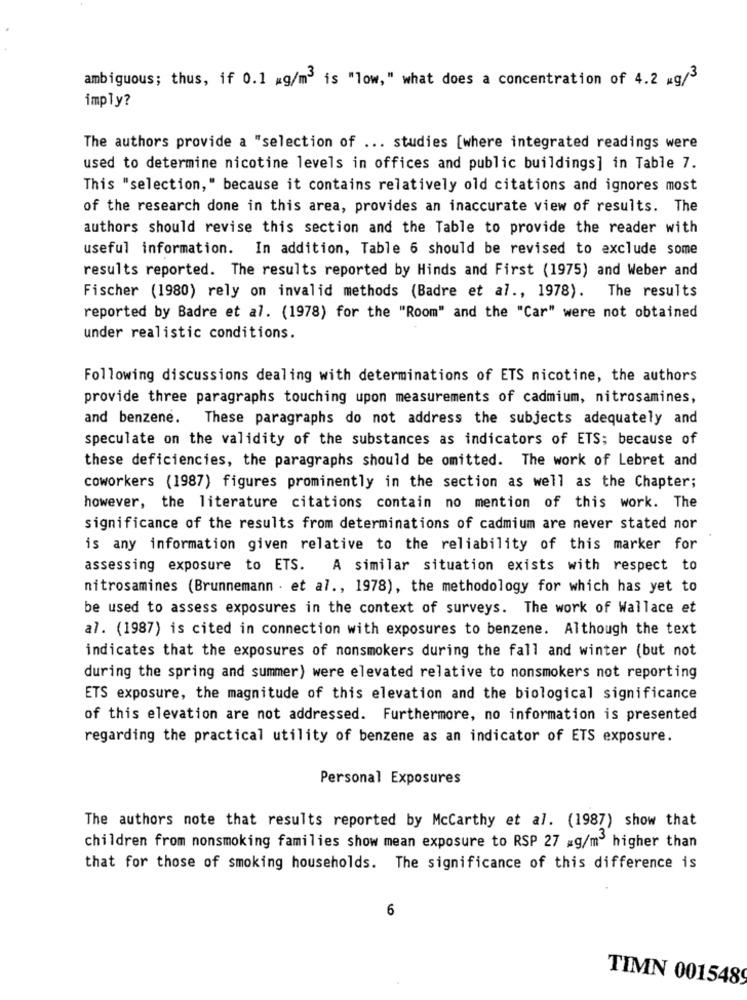
ambiguous; thus, if 0.1 mg/m3 is "low," what does a concentration of 4.2 mg/$
imply?
The authors provide a "selection of ... studies [where integrated readings were
used to determine nicotine levels in offices and public buildings] in Table 7.
This "selection," because it contains relatively old citations and ignores most
of the research done in this area, provides an inaccurate view of results. The
authors should revise this section and the Table to provide the reader with
useful information. In addition, Table 6 should be revised to exclude some
results reported. The results reported by Hinds and First (1975) and Weber and
Fischer (1980) rely on invalid methods (Badre et al ., 1978). The results
reported by Badre et al. (1978) for the "Room" and the "Car" were not obtained
under realistic conditions.
Following discussions dealing with determinations of ETS nicotine, the authors
provide three paragraphs touching upon measurements of cadmium, nitrosamines,
and benzene. These paragraphs do not address the subjects adequately and
speculate on the validity of the substances as indicators of ETS; because of
these deficiencies, the paragraphs should be omitted. The work of Lebret and
coworkers (1987) figures prominently in the section as well as the Chapter;
however, the literature citations contain no mention of this work. The
significance of the results from determinations of cadmium are never stated nor
is any information given relative to the reliability of this marker for
assessing exposure to ETS. A similar situation exists with respect to
nitrosamines (Brunnemann . et al ., 1978), the methodology for which has yet to
be used to assess exposures in the context of surveys. The work of Wallace et
al. (1987) is cited in connection with exposures to benzene. Although the text
indicates that the exposures of nonsmokers during the fall and winter (but not
during the spring and summer) were elevated relative to nonsmokers not reporting
ETS exposure, the magnitude of this elevation and the biological significance
of this elevation are not addressed. Furthermore, no information is presented
regarding the practical utility of benzene as an indicator of ETS exposure.
Personal Exposures
The authors note that results reported by Mccarthy et al. (1987) show that
children from nonsmoking families show mean exposure to RSP 27 _g/m3 higher than
that for those of smoking households. The significance of this difference is
6
TIMN 001548